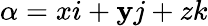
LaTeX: \alpha=xi+\mathbf{y}j+zk